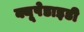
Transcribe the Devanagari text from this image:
क्यूपेडाइडी